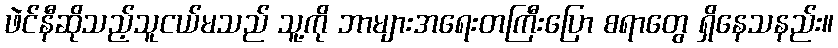
ဖဲင်နီဆိုသည့်သူငယ်မသည် သူ့ကို ဘာများအရေးတကြီးပြော စရာတွေ ရှိနေသနည်း။